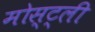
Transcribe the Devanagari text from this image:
मोस्ट्ली